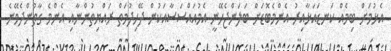
އެޅުމަށް ބިމެއް ކަނޑައަޅާއިރު އެންމެބޮޑަށް ބަލަންޖެހޭނީ އެމުއައްސަސާއަކުން ދޭހިދުމަތް ރައްޔިތުންނާއި އެންމެ ގާތުންދެވޭނެ